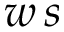
w \, s